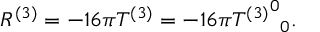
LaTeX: R ^ { ( 3 ) } = - 1 6 \pi T ^ { ( 3 ) } = - 1 6 \pi { { T ^ { ( 3 ) } } ^ { 0 } } _ { 0 } .